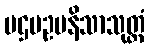
ပဌမဥပနိသာသုတ္တံ